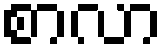
စာလာ